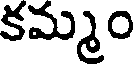
కమ్మం